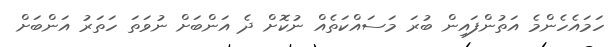
ހަމައެހެންމެ އަތުންފައިން ބުރަ މަސައްކަތެއް ނުކޮށް ދެ އަންބަށް ނުވަތަ ހަތަރު އަންބަށް